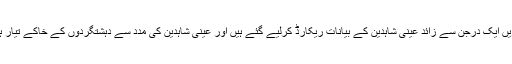
علاوہ ازیں ایک درجن سے زائد عینی شاہدین کے بیانات ریکارڈ کرلیے گئے ہیں اور عینی شاہدین کی مدد سے دہشتگردوں کے خاکے تیار ہوں گے۔